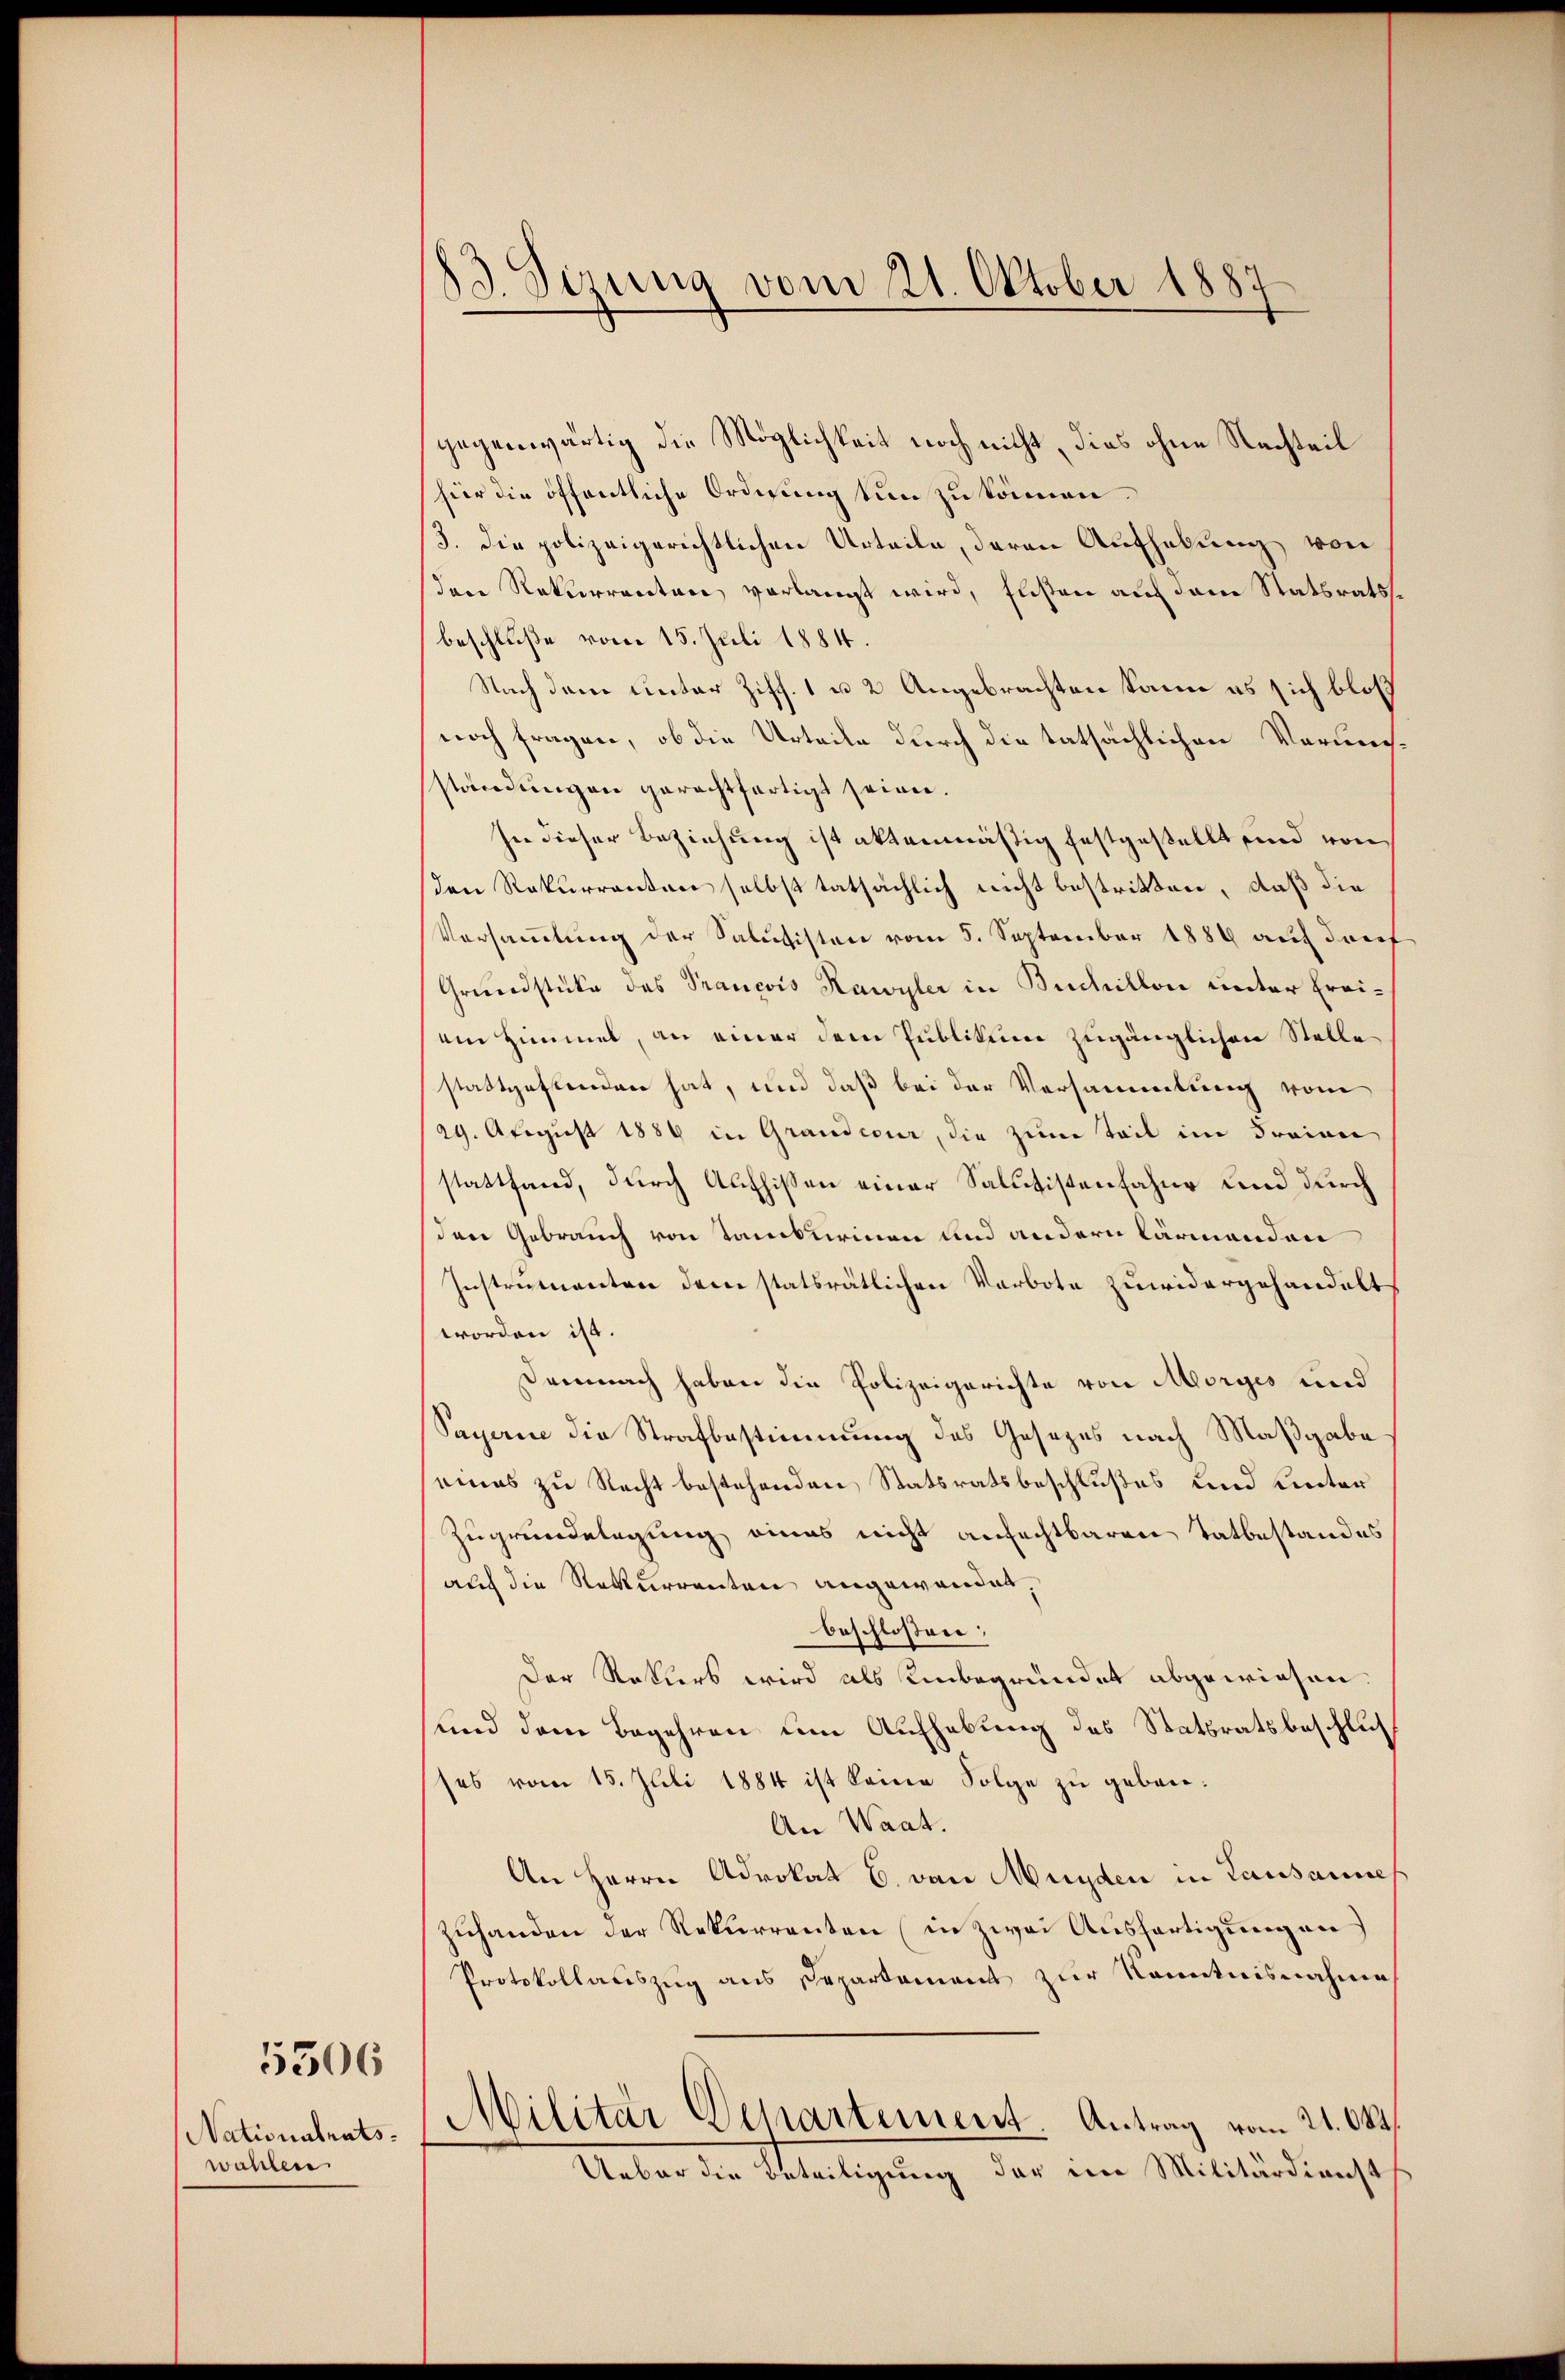
Nationalratswahlen.

5306

3. Sizung vom 21. Oktober 1887

gegenwärtig die Möglichkeit noch nicht, dies ohne Nachteil
hier die öffentliche Ordnung tun zu können.
3. Die polizeigerichtlichen Urteile, deren Aufhebung von
den Rekurrenten verlangt wird, fußen auf dem Statsratsse
beschluße vom 15. Juli 1884
Nach dem unter Ziff. 1 u 2 Angebrachten kann es sich bloß
noch fragen, ob die Urteile durch die tatsächlichen Vorunständungen gerechtfertigt seien.
In dieser Beziehung ist aktenmäßig festgestellt und von
den Rekurrenten selbst tatsächlich nicht bestritten, daß die
Versammlung der Salusisten vom 5. September 1889 auf darf
Grundstücke des Trancois Kawyler in Buchillon unter Freiein Himmel, an einer dem Publikum zugänglichen Stelle
stattgestenden hat, und daß bei der Versammlung vom
/29. Abegust 1889 in Grandcour, die zum Teil im Freien
stattfand, durch Aufhissen einer Salutistenfahne und durch
den Gebrauch von Tanturinen und andern lärmenden
Instrumenten dem statsrätlichen Verbote zuwidergehandelt
worden ist.
Demnach haben die Polizeigerichte von Morges und
Sayerne die Strafbestimmung des Gesezes nach Maßgabe
eines zu Recht bestehenden Statsratsbeschlußes und unter
Zugrundelegung eines nicht anfechtbaren Tatbestandes
auch die Rekurrenten angewandet.
beschlossen:
Der Rekurs wird als Unbegründet abgewiesen
und dem Begehren um Aufhebung des Statsratsbeschluses vom 15. Juli 1884 ist keine Folge zu geben.
An Waat.
An Herrn Advokat C. von Münden in Lausannes
zuhanden der Rekurrenten (in zwei Ausfertigungen
Protokollauszug aus Departament zur Kenntnisnahme
Militär Departement Antrag vom 21. Okt.
Ueber die Beteiligung der eine Militärdienst